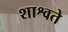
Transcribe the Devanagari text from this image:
शाश्वते